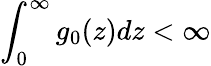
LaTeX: \int_{0}^{\infty}g_{0}(z)dz<\infty